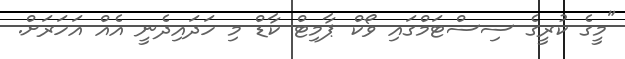
"މީގެ ކުރީގެ ސިސްޓަމްގައި ވޯކް ޕާމިޓް ކާޑް މި ހަދައިދެނީ އެއް އަހަރަށް.